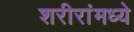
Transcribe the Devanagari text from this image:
शरीरांमध्ये